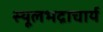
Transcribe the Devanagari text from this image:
स्थूलभद्राचार्य